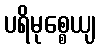
ပရိမုစ္စေယျ